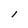
Character: l